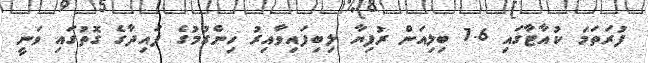
ފުރަތަމަ ކުއާޓާގައި 1.6 ބިލިއަން ރުފިޔާ ލިބިފައިވާއިރު ހިންގުމުގެ ފައިދާގެ ގޮތުގައި ވަނީ